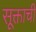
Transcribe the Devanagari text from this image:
सूक्ताची